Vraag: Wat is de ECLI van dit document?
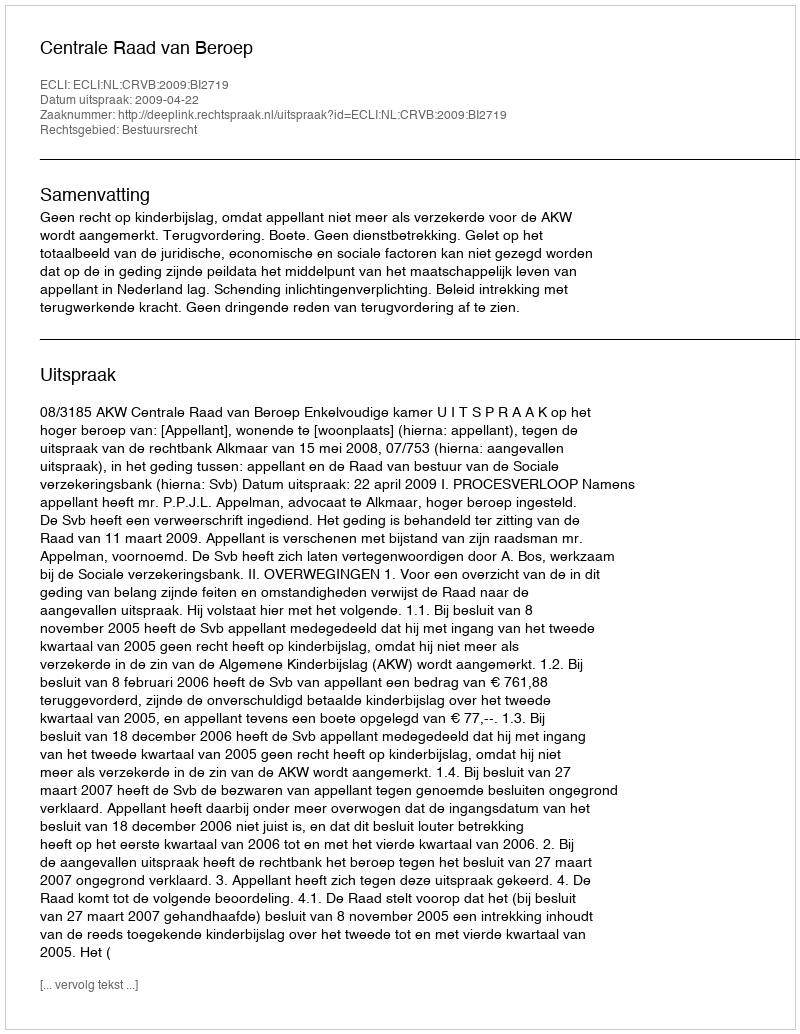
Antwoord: ECLI:NL:CRVB:2009:BI2719